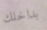
بداخلك